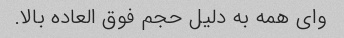
وای همه به دلیل حجم فوق العاده بالا.